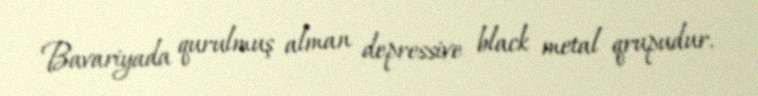
Bavariyada qurulmuş alman depressive black metal qrupudur.